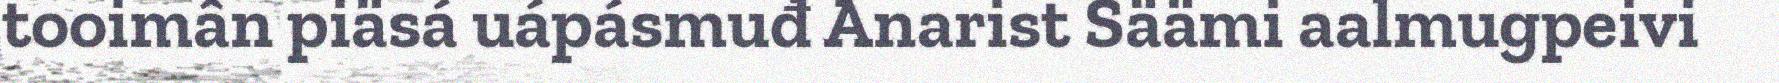
tooimân piäsá uápásmuđ Anarist Säämi aalmugpeivi